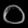
Digit: ၀